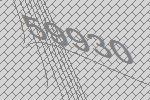
59930